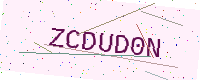
Text: ZCDUD0N